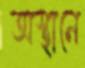
অস্থানে